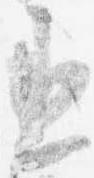
丞